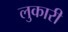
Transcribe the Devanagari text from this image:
लुकारी